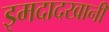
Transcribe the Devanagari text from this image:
इमदादखानी